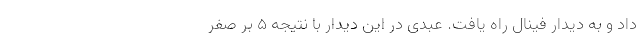
داد و به دیدار فینال راه یافت. عبدی در این دیدار با نتیجه ۵ بر صفر